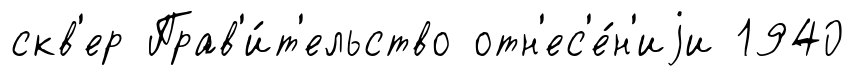
скв'ер Прав'и́т'ельство отн'ес'е́н'иjи 1940